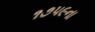
૧૭૫૯ના